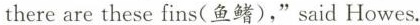
there are these fins(鱼鳍),"said Howes.